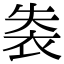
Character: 𧙍